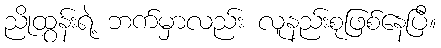
ညိုထွန်းရဲ့ ဘက်မှာလည်း လူနည်းစုဖြစ်နေပြီ။